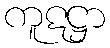
ကူဋဋ္ဌာ